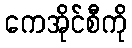
ကေအိုင်စီကို